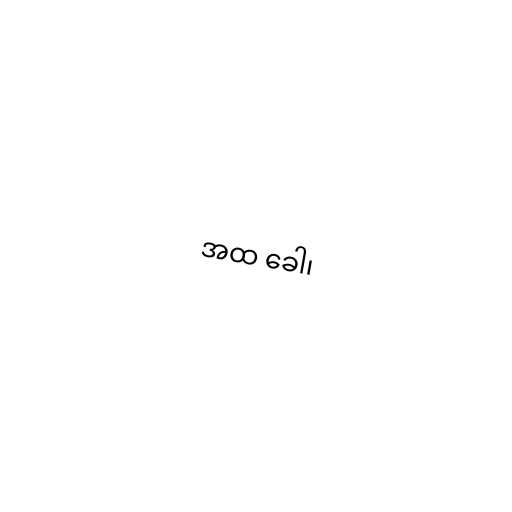
အထ ခေါ၊